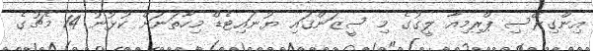
އިންގިރޭސި ޕްރިމިއާ ލީގުގެ މި ސީޒަންގައި ޔުނައިޓެޑް މިހާތަނަށް ކުޅުނު 14 މެޗުގެ